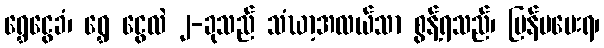
ရွှေငွေခံ၊ ရွှေ ငွေလဲ ၂-ခုသည် သံဃာ့အလယ်သာ စွန့်ရသည်၊ ပြန်မပေးရ၊